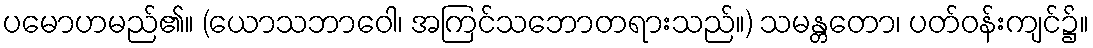
ပမောဟမည်၏။ (ယောသဘာဝေါ၊ အကြင်သဘောတရားသည်။) သမန္တတော၊ ပတ်ဝန်းကျင်၌။